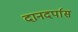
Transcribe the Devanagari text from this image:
दानदर्पास